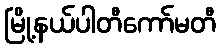
မြို့နယ်ပါတီကော်မတီ